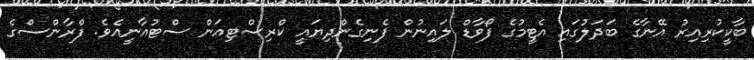
ބާކީކުރިއިރު އޭނާގެ ބަދަލުގައި އެޓީމުގެ ފޯވާޑް ލައިނުން ފެނިގެންދިޔައީ ކްރިސްޓިއަން ސްޓުއާނީއެވެ. ފްރާންސްގެ